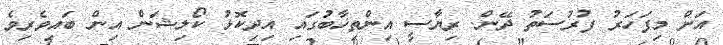
އަށް މިފަހަރު ފުރުސަތު ދޭން. ރިޔާސީ އިންތިޚާބުގައި އިދިކޮޅު ކޯލިޝަން އިން ބައިވެރިވެ